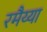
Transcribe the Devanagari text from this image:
रमैय्या